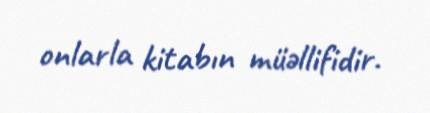
onlarla kitabın müəllifidir.